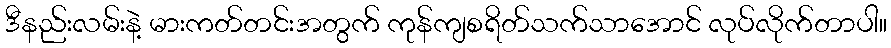
ဒီနည်းလမ်းနဲ့ မားကတ်တင်းအတွက် ကုန်ကျစရိတ်သက်သာအောင် လုပ်လိုက်တာပါ။